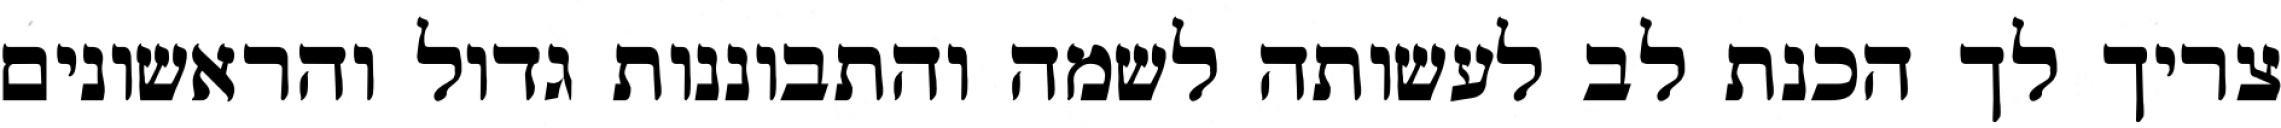
צריך לך הכנת לב לעשותה לשמה והתבוננות גדול והראשונים